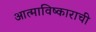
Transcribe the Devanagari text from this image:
आत्माविष्काराची